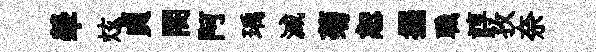
犖炫貞閤阿瑀滅菊恕擺職諄孜奈